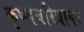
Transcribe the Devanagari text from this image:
कृष्णचरित्रावर